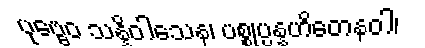
ပုဗ္ဗေဝ သန္နိဝါသေန၊ ပစ္စုပ္ပန္နဟိတေနဝါ၊